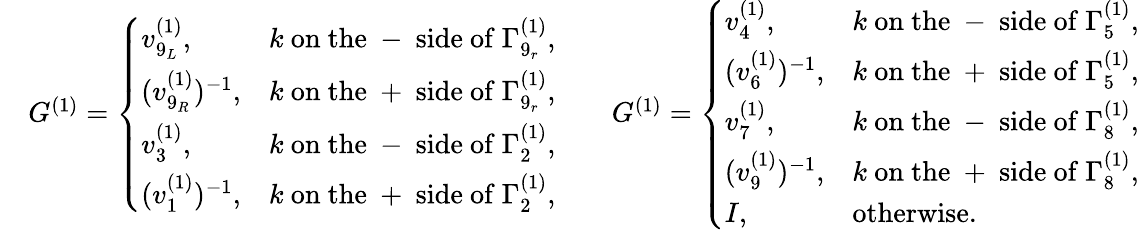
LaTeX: \begin{array}{rlrl}&{G^{(1)}=\left\{ \begin{array}{ll}{v_{9_{L}}^{(1)},}&{k\mathrm{~on~the~-~side~of~}\Gamma_{9_{r}}^{(1)},}\\ {(v_{9_{R}}^{(1)})^{-1},}&{k\mathrm{~on~the~+~side~of~}\Gamma_{9_{r}}^{(1)},}\\ {v_{3}^{(1)},}&{k\mathrm{~on~the~-~side~of~}\Gamma_{2}^{(1)},}\\ {(v_{1}^{(1)})^{-1},}&{k\mathrm{~on~the~+~side~of~}\Gamma_{2}^{(1)},}\end{array}\right.}&&{G^{(1)}=\left\{ \begin{array}{ll}{v_{4}^{(1)},}&{k\mathrm{~on~the~-~side~of~}\Gamma_{5}^{(1)},}\\ {(v_{6}^{(1)})^{-1},}&{k\mathrm{~on~the~+~side~of~}\Gamma_{5}^{(1)},}\\ {v_{7}^{(1)},}&{k\mathrm{~on~the~-~side~of~}\Gamma_{8}^{(1)},}\\ {(v_{9}^{(1)})^{-1},}&{k\mathrm{~on~the~+~side~of~}\Gamma_{8}^{(1)},}\\ {I,}&{\mathrm{otherwise}.}\end{array}\right.}\end{array}